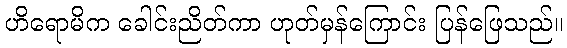
ဟိရောမိက ခေါင်းညိတ်ကာ ဟုတ်မှန်ကြောင်း ပြန်ဖြေသည်။